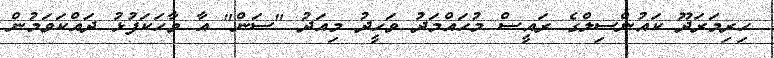
ހިރިމަރަދޫ ކައުންސިލްގެ ރައީސް މުހައްމަދު ވަހީދު މިއަދު "ސަން" އާ ވާހަކަފުޅު ދައްކަވަމުން